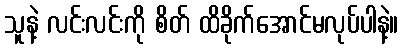
သူနဲ့ လင်းလင်းကို စိတ် ထိခိုက်အောင်မလုပ်ပါနဲ့။